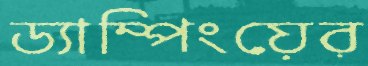
ড্যাম্পিংয়ের